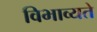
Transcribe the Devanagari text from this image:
विभाव्यते